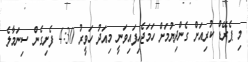
މި ޕެރޭޑް ކުރިއަށް ގެންދިޔުމަށް ހަމަޖެހިފައިވަނީ މިއަދު ހަވީރު 4:30 ފެށިގެން ސިނަމާލެ